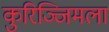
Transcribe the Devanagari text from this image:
कुरिञ्जिमला